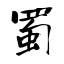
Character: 蜀